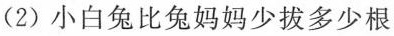
(2)小白兔比兔妈妈少拔多少根